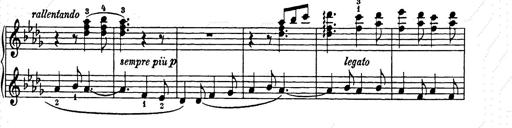
Title: Weihnachtsbaum
Composer: Franz Liszt